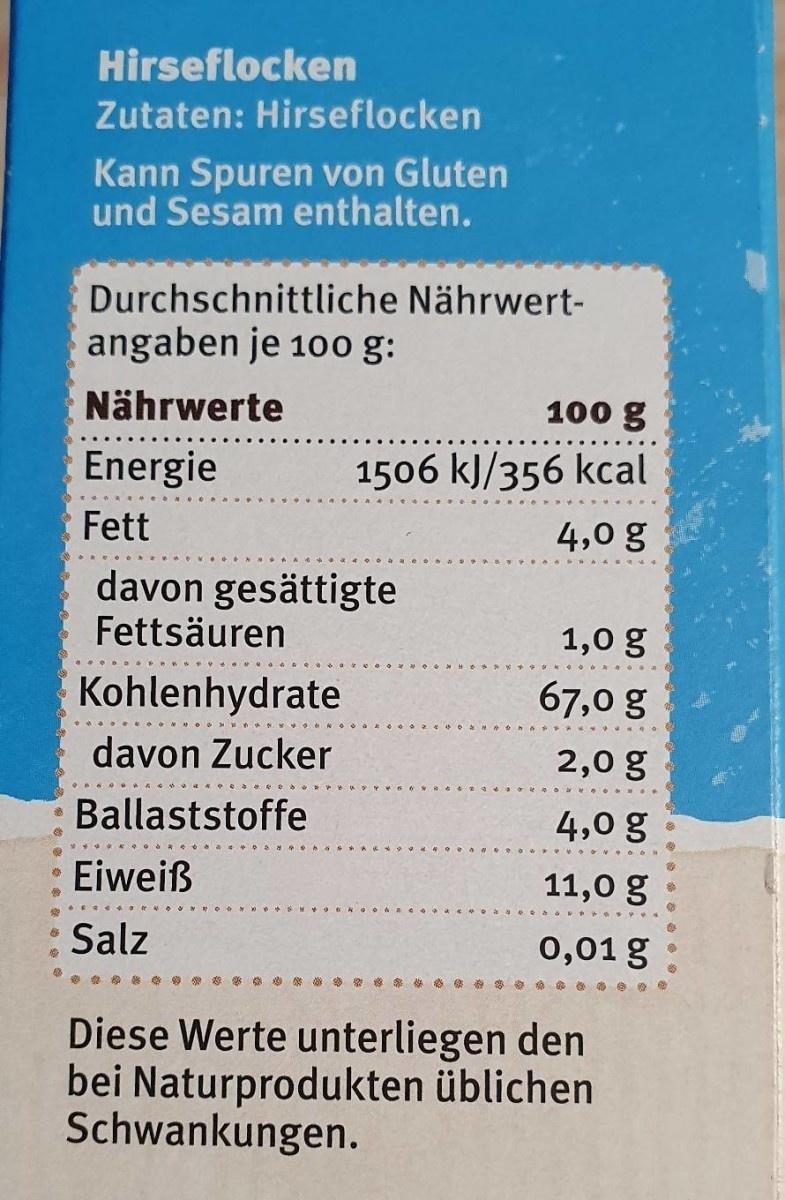
Hirseflocken
Zutaten: Hirseflocken
Kann Spuren von Gluten und Sesam enthalten.
Durchschnittliche Nährwert-
angaben je 10o g:
Nährwerte
100 g
Energie
1506 kJ/356 kcal
Fett
4,0 g
davon gesättigte Fettsäuren
1,0 g
Kohlenhydrate
67,0 g
davon Zucker
2,0 g
Ballaststoffe
4,0 g
Eiweiß
11,0 g
Salz
0,01 g
Diese Werte unterliegen den bei Naturprodukten üblichen Schwankungen.